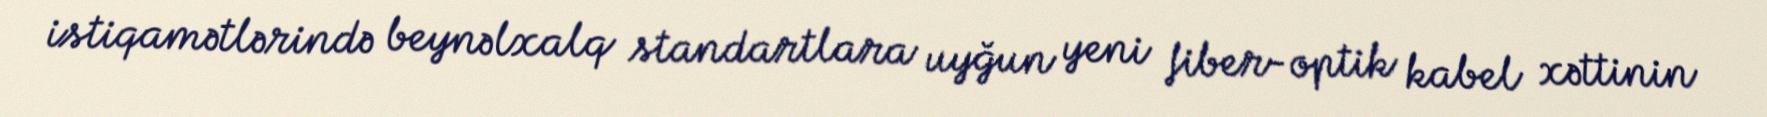
istiqamətlərində beynəlxalq standartlara uyğun yeni fiber-optik kabel xəttinin